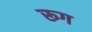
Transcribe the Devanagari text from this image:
रूग